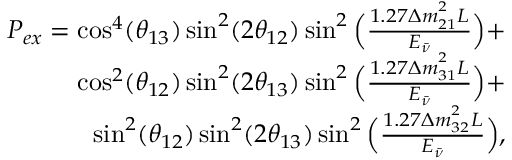
\begin{array} { r } { P _ { e x } = \cos ^ { 4 } ( \theta _ { 1 3 } ) \sin ^ { 2 } ( 2 \theta _ { 1 2 } ) \sin ^ { 2 } \Big ( \frac { 1 . 2 7 \Delta m _ { 2 1 } ^ { ^ { 2 } } L } { E _ { \bar { \nu } } } \Big ) + } \\ { \cos ^ { 2 } ( \theta _ { 1 2 } ) \sin ^ { 2 } ( 2 \theta _ { 1 3 } ) \sin ^ { 2 } \Big ( \frac { 1 . 2 7 \Delta m _ { 3 1 } ^ { ^ { 2 } } L } { E _ { \bar { \nu } } } \Big ) + } \\ { \sin ^ { 2 } ( \theta _ { 1 2 } ) \sin ^ { 2 } ( 2 \theta _ { 1 3 } ) \sin ^ { 2 } \Big ( \frac { 1 . 2 7 \Delta m _ { 3 2 } ^ { ^ { 2 } } L } { E _ { \bar { \nu } } } \Big ) , } \end{array}